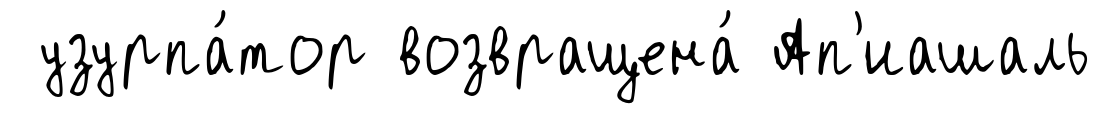
узурпа́тор возвращена́ Ап'иашаль